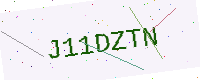
Text: J11DZTN